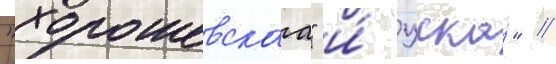
"хорошевскаа" и́ "цска́" //